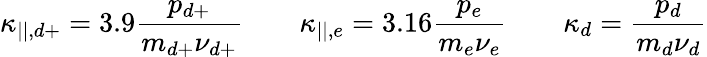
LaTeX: \kappa_{||,d+}=3.9\frac{p_{d+}}{m_{d+}\nu_{d+}}\qquad\kappa_{||,e}=3.16\frac{p_{e}}{m_{e}\nu_{e}}\qquad\kappa_{d}=\frac{p_{d}}{m_{d}\nu_{d}}